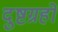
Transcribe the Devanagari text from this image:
दुष्टग्रहों